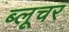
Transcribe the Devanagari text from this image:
ब्लूचर